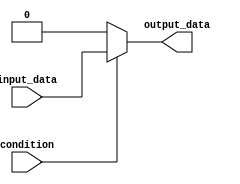
module assign_statement (
    input wire condition,
    input wire input_data,
    output reg output_data
);

always @(*) begin
    if (condition) begin
        output_data = input_data;
    end
    else begin
        output_data = 1'b0; // default value if condition is false
    end
end

endmodule